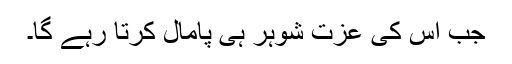
جب اس کی عزت شوہر ہی پامال کرتا رہے گا۔